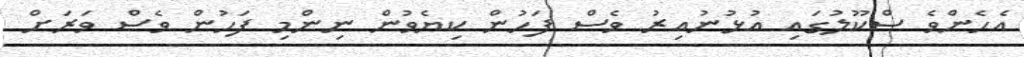
އެހެންވެ ސްކޫލުގައި އުޅުނުއިރު ވެސް ފަހުން ކިޔެވުން ނިންމި ފަހުން ވެސް ވަރަށް